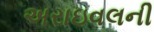
અરાઇવલની